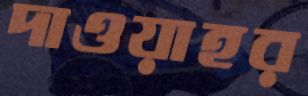
দাওয়াহর